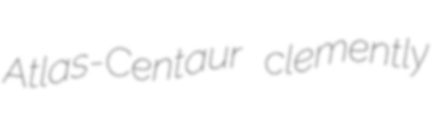
Atlas-Centaur clemently